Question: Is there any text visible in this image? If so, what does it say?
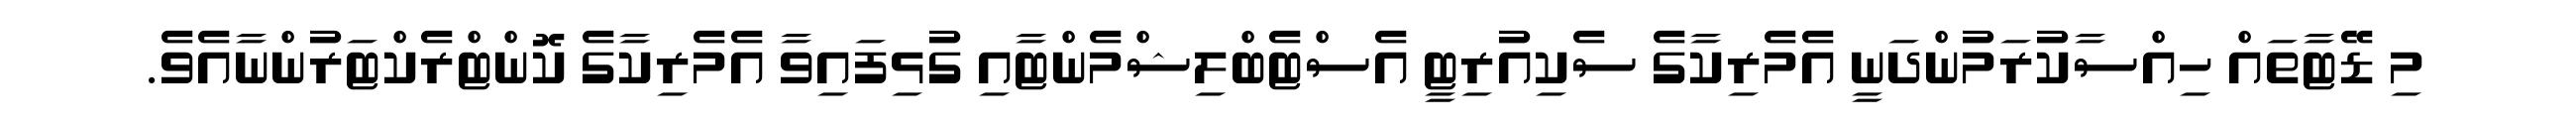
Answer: މި ޑޭޓާތައް ހިއްސާކުރަމުންދަނީ އެމެރިކާގެ ސެކިއުރިޓީ އެސްޓެބްލިޝްމެންޓާއި ގުޅިފައިވާ އެމެރިކާގެ ކޮންޓްރެކްޓަރުންނާއެވެ.